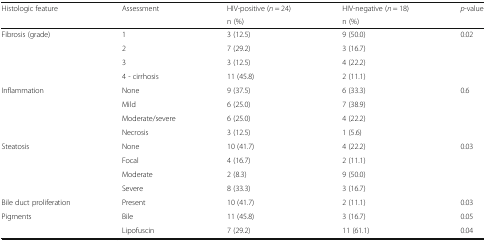
<table><thead><tr><td rowspan="2"><b>Histologic feature</b></td><td rowspan="2"><b>Assessment</b></td><td><b>HIV-positive (<i>n</i> = 24)</b></td><td><b>HIV-negative (<i>n</i> = 18)</b></td><td rowspan="2"><b><i>p</i>-value</b></td></tr><tr><td><b>n (%)</b></td><td><b>n (%)</b></td></tr></thead><tbody><tr><td rowspan="4">Fibrosis (grade)</td><td>1</td><td>3 (12.5)</td><td>9 (50.0)</td><td rowspan="4">0.02</td></tr><tr><td>2</td><td>7 (29.2)</td><td>3 (16.7)</td></tr><tr><td>3</td><td>3 (12.5)</td><td>4 (22.2)</td></tr><tr><td>4 - cirrhosis</td><td>11 (45.8)</td><td>2 (11.1)</td></tr><tr><td rowspan="4">Inflammation</td><td>None</td><td>9 (37.5)</td><td>6 (33.3)</td><td rowspan="4">0.6</td></tr><tr><td>Mild</td><td>6 (25.0)</td><td>7 (38.9)</td></tr><tr><td>Moderate/severe</td><td>6 (25.0)</td><td>4 (22.2)</td></tr><tr><td>Necrosis</td><td>3 (12.5)</td><td>1 (5.6)</td></tr><tr><td rowspan="4">Steatosis</td><td>None</td><td>10 (41.7)</td><td>4 (22.2)</td><td rowspan="4">0.03</td></tr><tr><td>Focal</td><td>4 (16.7)</td><td>2 (11.1)</td></tr><tr><td>Moderate</td><td>2 (8.3)</td><td>9 (50.0)</td></tr><tr><td>Severe</td><td>8 (33.3)</td><td>3 (16.7)</td></tr><tr><td>Bile duct proliferation</td><td>Present</td><td>10 (41.7)</td><td>2 (11.1)</td><td>0.03</td></tr><tr><td rowspan="2">Pigments</td><td>Bile</td><td>11 (45.8)</td><td>3 (16.7)</td><td>0.05</td></tr><tr><td>Lipofuscin</td><td>7 (29.2)</td><td>11 (61.1)</td><td>0.04</td></tr></tbody></table>